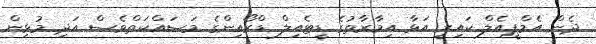
ދެން އެމްޕީއެލް ކައިރީ އަޅާ އިމާރާތުގެ ޑީޓެއިލް ޑްރޯއިންގެ މަސައްކަތްވެސް އަދި މުޅިން